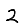
Digit: 2